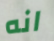
انه